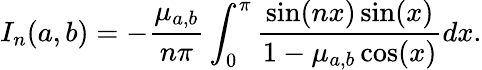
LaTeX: I_{n}(a,b)=-\frac{\mu_{a,b}}{n\pi}\int_{0}^{\pi}\frac{\sin(nx)\sin(x)}{1-\mu_{a,b}\cos(x)}dx.